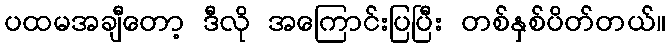
ပထမအချီတော့ ဒီလို အကြောင်းပြပြီး တစ်နှစ်ပိတ်တယ်။